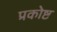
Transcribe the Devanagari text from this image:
प्रकोष्ट